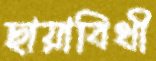
ছায়াবিথী